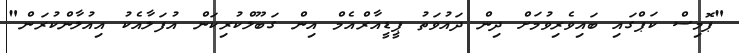
"ޕޮމިސް ކަޕްގައި ބައިވެރިވުމަށް ދިން ދައުވަތު ޕީޑީއާރްއެމް އިން ގަބޫލްކުރިކަން އުފަލާއެކު އިއުލާންކުރަން"